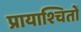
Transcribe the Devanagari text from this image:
प्रायाश्चितों